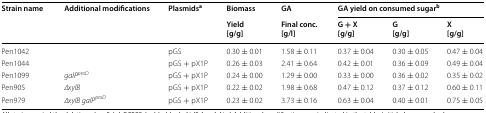
<table><thead><tr><td rowspan="2"><b>Strain name</b></td><td rowspan="2"><b>Additional modifications</b></td><td rowspan="2"><b>Plasmids<sup>a</sup></b></td><td><b>Biomass</b></td><td><b>GA</b></td><td colspan="3"><b>GA yield on consumed sugar<sup>b</sup></b></td></tr><tr><td><b>Yield[g/g]</b></td><td><b>Final conc.[g/l]</b></td><td><b>G + X[g/g]</b></td><td><b>G[g/g]</b></td><td><b>X[g/g]</b></td></tr></thead><tbody><tr><td>Pen1042</td><td></td><td>pGS</td><td>0.30 ± 0.01</td><td>1.58 ± 0.11</td><td>0.37 ± 0.04</td><td>0.30 ± 0.05</td><td>0.47 ± 0.04</td></tr><tr><td>Pen1044</td><td></td><td>pGS + pX1P</td><td>0.26 ± 0.03</td><td>2.41 ± 0.64</td><td>0.42 ± 0.01</td><td>0.36 ± 0.09</td><td>0.49 ± 0.04</td></tr><tr><td>Pen1099</td><td><i>galP</i><sup><i>proD</i></sup></td><td>pGS + pX1P</td><td>0.24 ± 0.00</td><td>1.29 ± 0.00</td><td>0.33 ± 0.00</td><td>0.36 ± 0.02</td><td>0.35 ± 0.02</td></tr><tr><td>Pen905</td><td><i>∆xylB</i></td><td>pGS + pX1P</td><td>0.22 ± 0.02</td><td>1.98 ± 0.68</td><td>0.47 ± 0.12</td><td>0.37 ± 0.12</td><td>0.60 ± 0.11</td></tr><tr><td>Pen979</td><td><i>∆xylB galP</i><sup><i>proD</i></sup></td><td>pGS + pX1P</td><td>0.23 ± 0.02</td><td>3.73 ± 0.16</td><td>0.63 ± 0.04</td><td>0.40 ± 0.01</td><td>0.75 ± 0.05</td></tr></tbody></table>